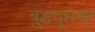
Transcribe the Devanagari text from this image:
बुद्धगुप्तचा